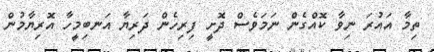
ތިމާ އައުރަ ނިވާ ކޮއްގެން ނަމަވެސް ދޮށީ ފިރިހެން ދަރިޔާ އަނބިމީހާ އޮރިޔާމުން